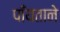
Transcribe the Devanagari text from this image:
पाँयताने